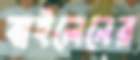
বাইলেনের